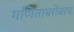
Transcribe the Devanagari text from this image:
गणिताबरोबरच